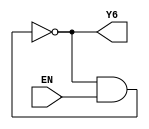
`timescale 1ns / 1ps
module R6(EN,Y6
    );
input EN;
output Y6;
wire w1,w2,w3,w4,w5;
	nand #6(w1,Y6,EN);
	not #6(w2,w1);
	not #6(w3,w2);
	not #6(w4,w3);
	not #6(Y6,w4);

endmodule